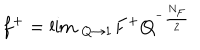
f ^ { + } = \lim \, _ { Q \rightarrow 1 } F ^ { + } Q ^ { ^ { - } \frac { N _ { F } } 2 }